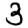
Digit: 3